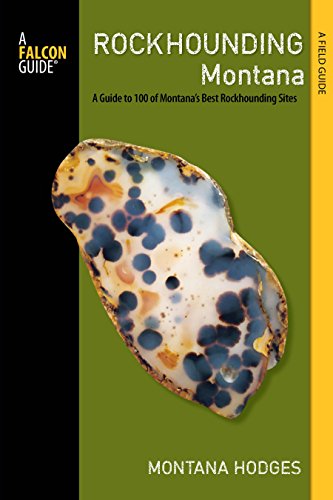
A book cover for Rockhounding Montana: A Guide to 100 of Montana's Best Rockhounding Sites (Rockhounding Series); Montana Hodges; Science & Math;